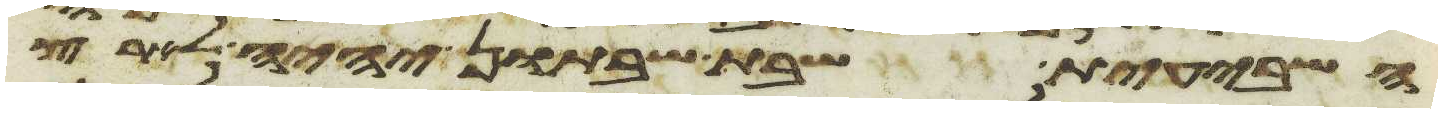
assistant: השביעית שבת שבתון יהיה לארץ